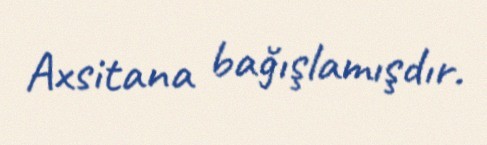
Axsitana bağışlamışdır.